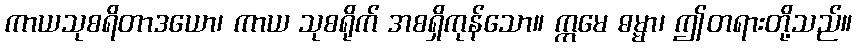
ကာယသုစရိတာဒယော၊ ကာယ သုစရိုက် အစရှိကုန်သော။ ဣမေ ဓမ္မာ၊ ဤတရားတို့သည်။